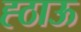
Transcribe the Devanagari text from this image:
ह्ठाऊ